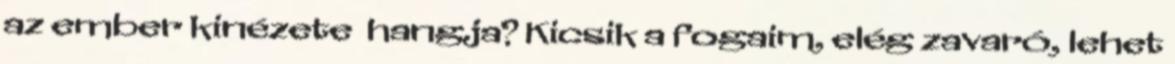
az ember kinézete hangja? Kicsik a fogaim, elég zavaró, lehet